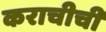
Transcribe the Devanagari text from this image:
कराचीची